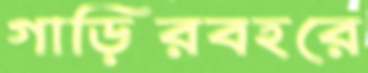
গাড়িরবহরে